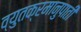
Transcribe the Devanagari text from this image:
व्युतक्रमानुपाती